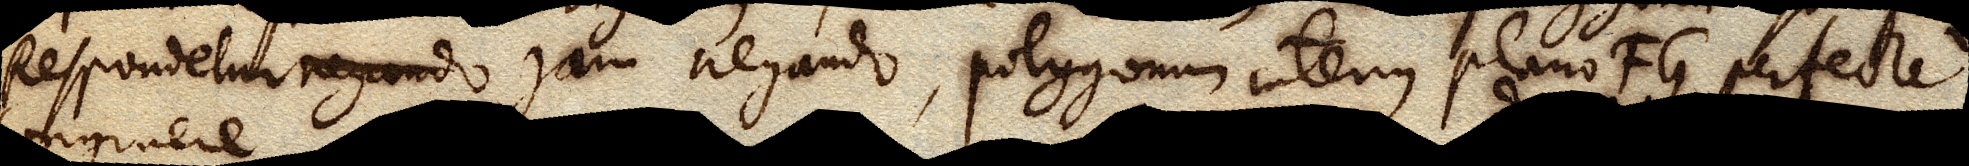
Respondetur negando jam negando, polygonum interius plano FG perfecte